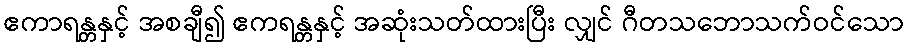
ဧကာရန္တနှင့် အစချီ၍ ဧကရန္တနှင့် အဆုံးသတ်ထားပြီး လျှင် ဂီတသဘောသက်ဝင်သော